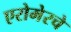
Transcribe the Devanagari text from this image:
एरोमेरचे